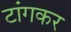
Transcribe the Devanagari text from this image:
टांगकर